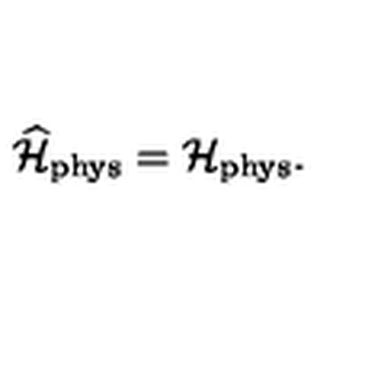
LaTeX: \widehat { \cal H } _ { \mathrm { \scriptsize p h y s } } = { \cal H } _ { \mathrm { \scriptsize p h y s } } .